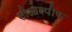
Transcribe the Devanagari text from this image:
सीआरपीफ